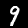
Digit: 9